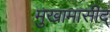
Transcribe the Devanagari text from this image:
मुखामासीद्